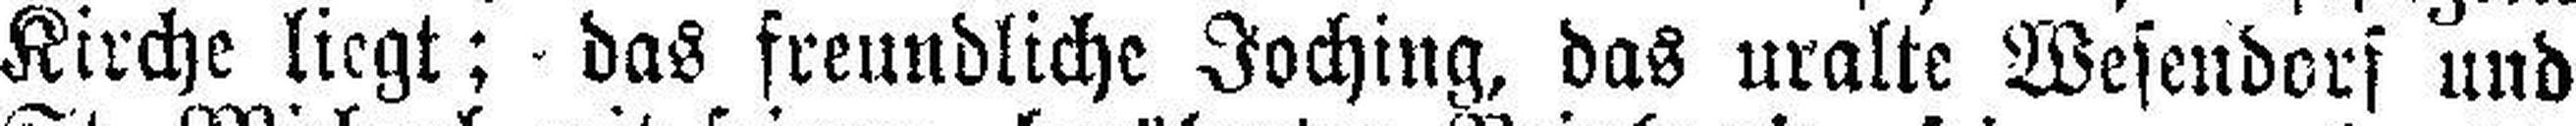
Kirche liegt; das freundliche Joching, das uralte Wesendorf und